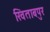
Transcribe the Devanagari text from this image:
खिताबपुर